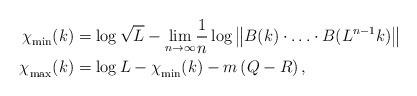
LaTeX: \begin{align*}\chi^{}_\mathrm{min}(k) & = \log \sqrt{L}-\underset{n\rightarrow\infty}{\lim}\dfrac{1}{n}\log\left\Vert B(k)\cdot\ldots\cdot B(L^{n-1}k)\right\Vert \\\chi^{}_\mathrm{max}(k) & = \log L- \chi^{}_\mathrm{min}(k)-m\left(Q-R\right),\end{align*}